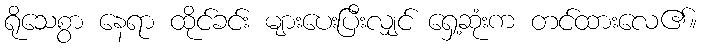
ရိုသေစွာ နေရာ ထိုင်ခင်း များပေးပြီးလျှင် ရှေ့ဆုံးက တင်ထားလေ၏။